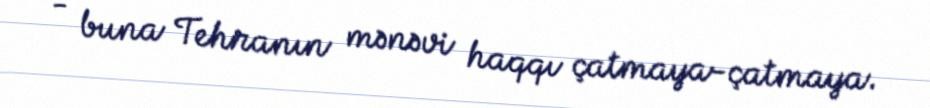
- buna Tehranın mənəvi haqqı çatmaya-çatmaya.